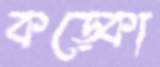
কড়্‌কো